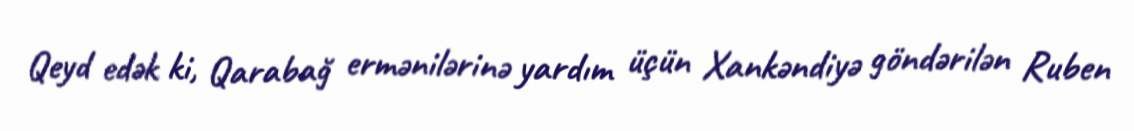
Qeyd edək ki, Qarabağ ermənilərinə yardım üçün Xankəndiyə göndərilən Ruben